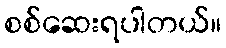
စစ်ဆေးရပါတယ်။